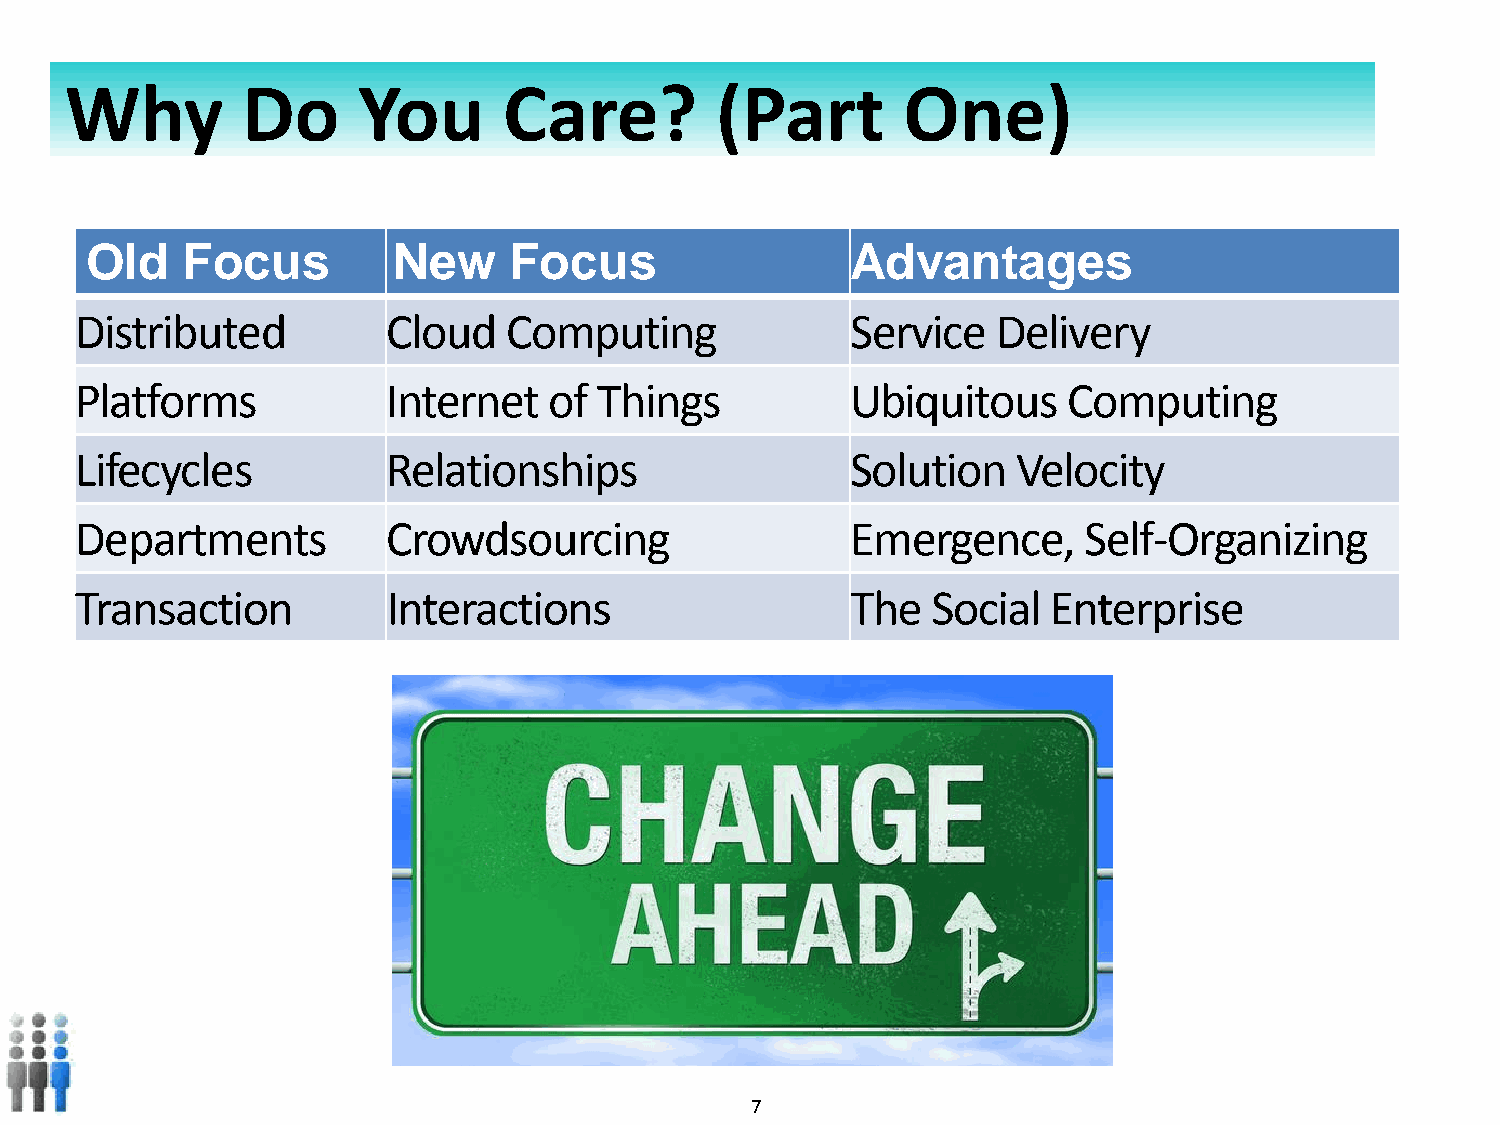
Why         Do      You      Care?         (Part        One)
 Old   Focus         New     Focus                 Advantages
 Distributed          Cloud  Computing              Service   Delivery
 Platforms            Internet  of  Things          Ubiquitous     Computing
 Lifecycles           Relationships                 Solution   Velocity
 Departments          Crowdsourcing                 Emergence,      Self-Organizing
 Transaction          Interactions                  The   Social Enterprise
 Copyright © 2010- 2012 All rights reserved. 7    Private and confidential. Do not duplicate.